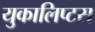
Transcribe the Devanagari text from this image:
युकालिप्टस